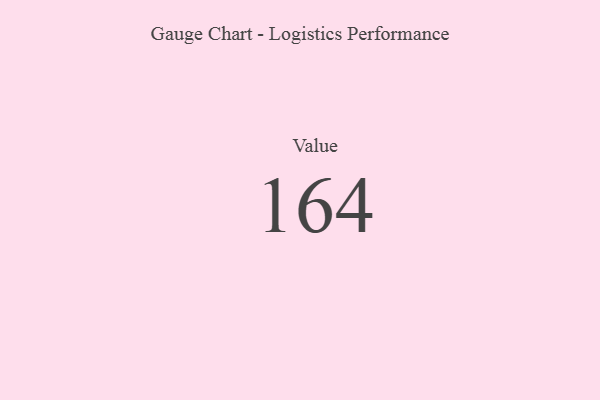
{"axis": {"x": "Metric", "y": "Value"}, "legend": [""], "data": [{"x": "Value", "y": 164, "type": ""}]}